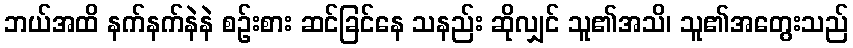
ဘယ်အထိ နက်နက်နဲနဲ စဉ်းစား ဆင်ခြင်နေ သနည်း ဆိုလျှင် သူ၏အသိ၊ သူ၏အတွေးသည်